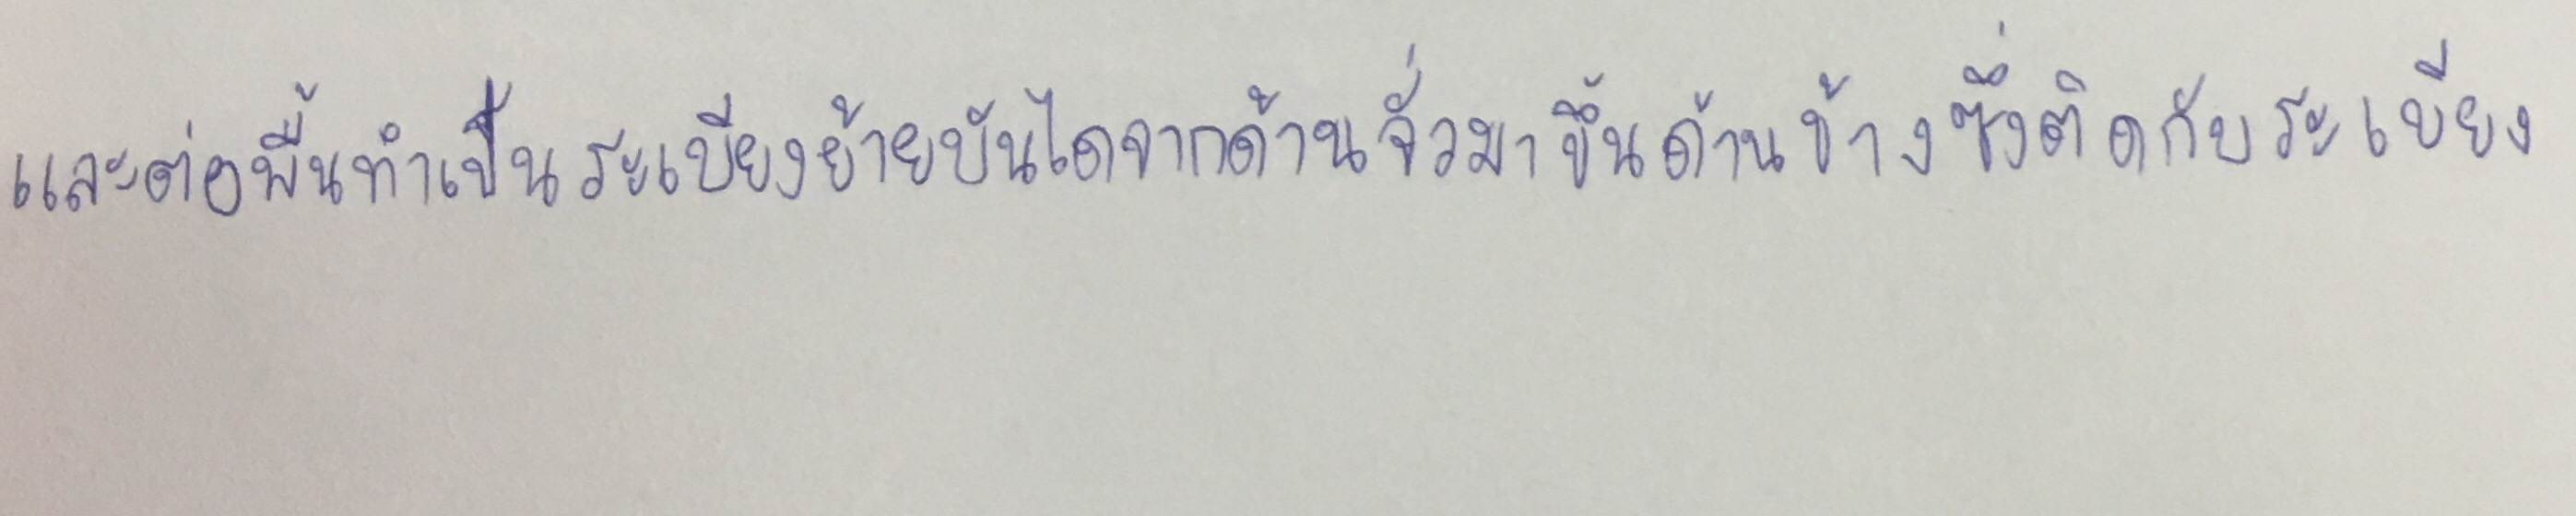
และต่อพื้นทำเป็นระเบียงย้ายบันไดจากด้านจั่วมาขึ้นด้านข้างซึ่งติดกับระเบียง